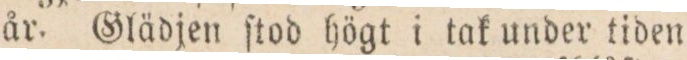
år.Glädjen ſtod högt i tak under tiden